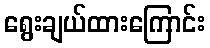
ရွေးချယ်ထားကြောင်း